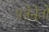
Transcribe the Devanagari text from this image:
पत्रेनेतो